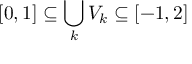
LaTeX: [ 0 , 1 ] \subseteq \bigcup _ { k } V _ { k } \subseteq [ - 1 , 2 ]